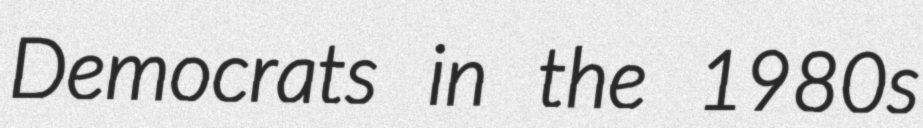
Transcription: Democrats in the 1980s